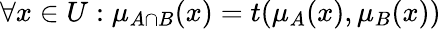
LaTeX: \forall x\in{U}:\mu_{A\cap{B}}(x)=t(\mu_{A}(x),\mu_{B}(x))